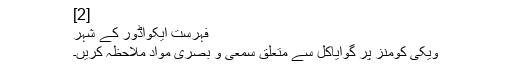
[2]
فہرست ایکواڈور کے شہر
ویکی کومنز پر گوایاکل سے متعلق سمعی و بصری مواد ملاحظہ کریں۔